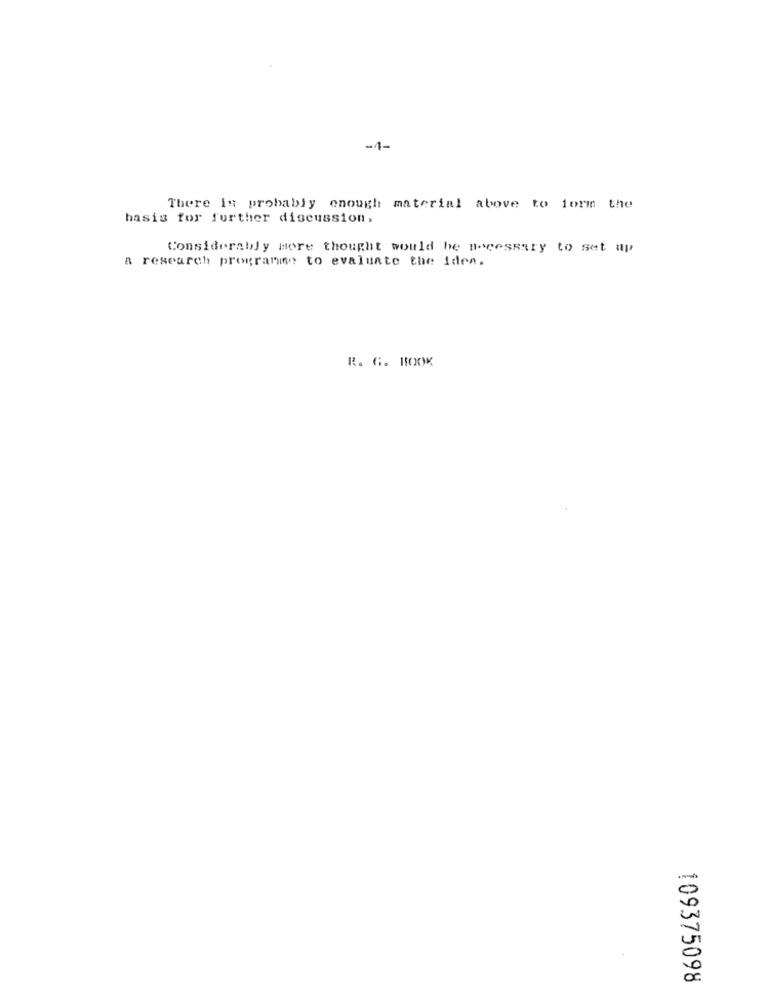
-4-
There is probably enough material above to form the
basis for further discussion,
Considerably more thought would be necessary to set up
a research programino to evaluate the iden.
R. G. HOOK
109375098